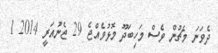
ދެވަނަ މެޗުން ވެސް މަހިބަދޫ މޮޅުވެއްޖެ 29 ޖެނުއަރީ 2014 1